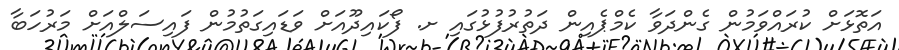
އަތޮޅަށް ކުރައްވަމުން ގެންދަވާ ކެމްޕެއިން ދަތުރުފުޅުގައި ށ. ފޯކައިދޫއަށް ވަޑައިގަތުމުން ފައިސަލްއަށް މަރުހަބާ